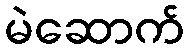
မဲဆောက်